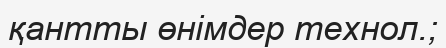
қантты өнімдер технол.;